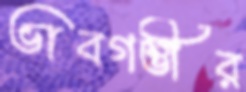
ভাবগম্ভীর